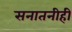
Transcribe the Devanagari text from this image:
सनातनीही